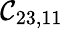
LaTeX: \mathcal{C}_{23,11}